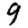
Digit: 9